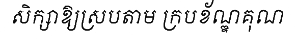
សិក្សាឱ្យស្របតាម ក្របខ័ណ្ឌគុណ